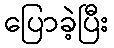
ပြောခဲ့ပြီး